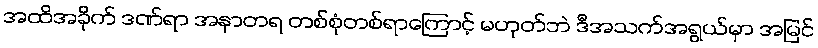
အထိအခိုက် ဒဏ်ရာ အနာတရ တစ်စုံတစ်ရာကြောင့် မဟုတ်ဘဲ ဒီအသက်အရွယ်မှာ အမြင်